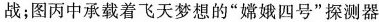
战；图丙中承载着飞天梦想的“嫦娥四号”探测器